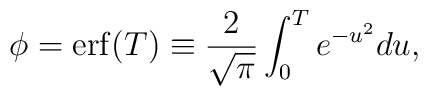
\phi=\mathrm{erf}(T)\equiv \frac{2}{\sqrt{\pi}}\int_0^Te^{-u^2}du,